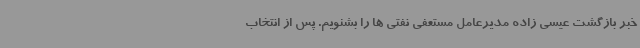
خبر بازگشت عیسی زاده مدیرعامل مستعفی نفتی ها را بشنویم. پس از انتخاب